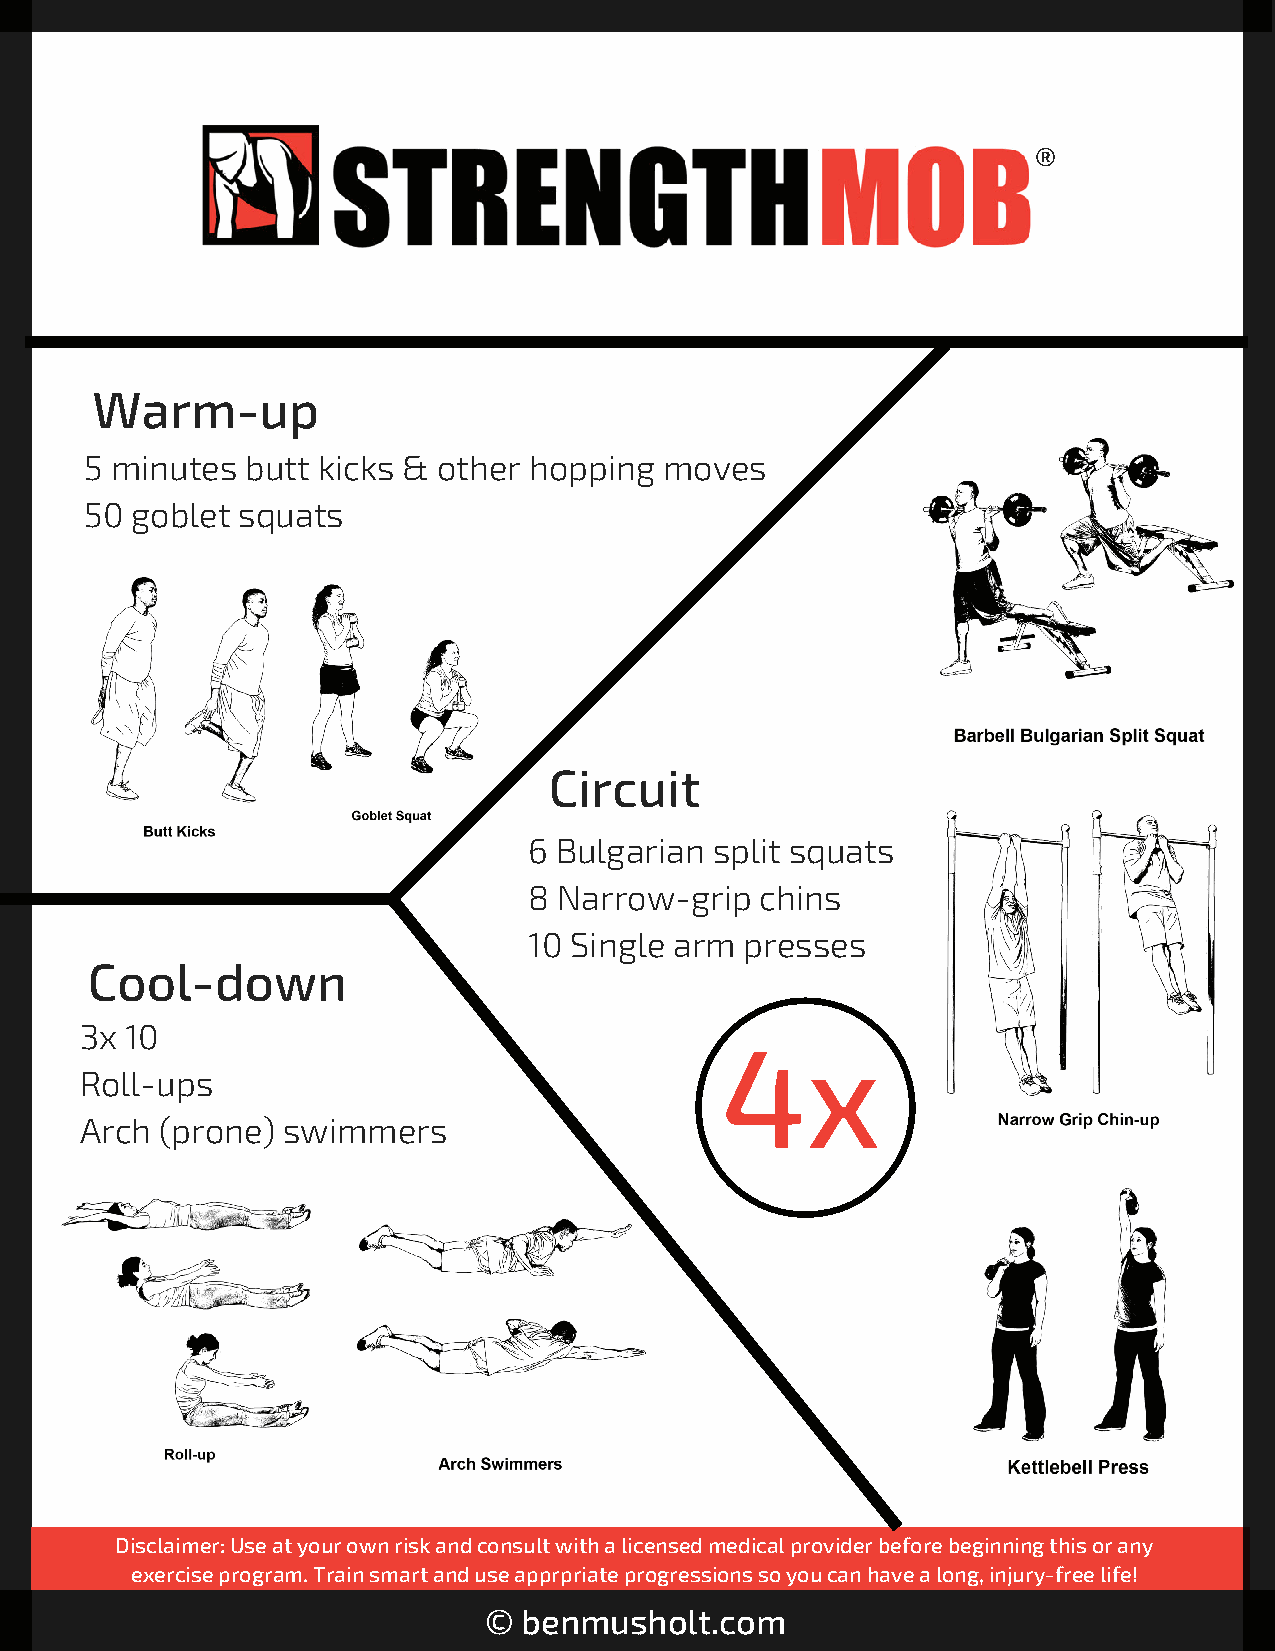
®
 Warm-up
 5 minutes butt kicks & other hopping  moves
 50 goblet squats
 Circuit
 6 Bulgarian split squats
 8 Narrow-grip  chins
 10 Single arm presses
 Cool-down
 3x 10
 4x
 Roll-ups
 Arch  (prone) swimmers
 Disclaimer: Use at your own risk and consult with a licensed medical provider before beginning this or any
 exercise program. Train smart and use apprpriate progressions so you can have a long, injury-free life!
 ©  benmusholt.com